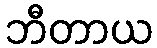
ဘီတာယ